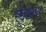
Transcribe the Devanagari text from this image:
हुईंबहरहाल